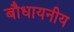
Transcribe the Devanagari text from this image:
बौधायनीय